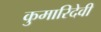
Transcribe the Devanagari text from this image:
कुमारिदेवी